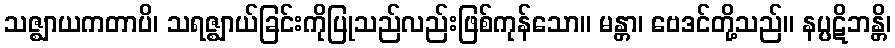
သဇ္ဈာယကတာပိ၊ သရဇ္ဈာယ်ခြင်းကိုပြုသည်လည်းဖြစ်ကုန်သော။ မန္တာ၊ ဗေဒင်တို့သည်။ နပ္ပဋိဘန္တိ၊